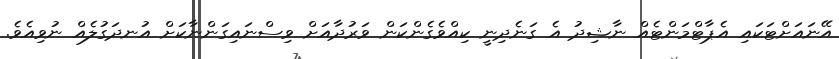
އޭނައަށްޓަކައި އެޕާޓްމަންޓެއް ނާޝިދު އެ ގަނެދިނީ ކިއްވެގެންކަން ވަރުދާއަށް ވިސްނައިގަންނާކަށް އުނދަގުލެއް ނުވިއެވެ.